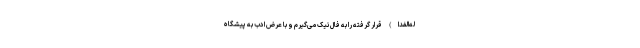
له‌الفدا) قرار گرفته را به فال نیک می‌گیرم و با عرض ادب به پیشگاه